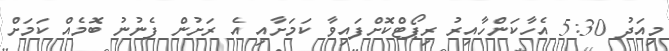
މިއަދު 5:30 އެހާކަންހާއިރު ރިޕޯޓްކޮށްފައިވާ ކަމަށާއި އެ ރަށުން ފެނުނު ބޮމެއް ކަމަށް